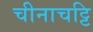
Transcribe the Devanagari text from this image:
चीनाचट्टि